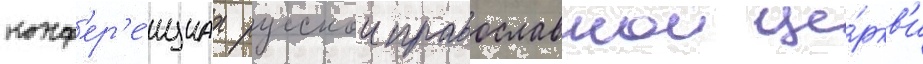
конф'ер'е́нциах русскои православнои це́ркв'и